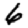
Digit: 6